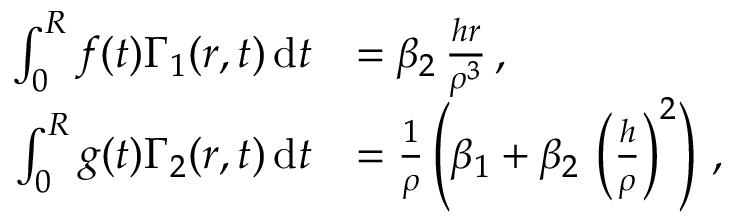
\begin{array} { r l } { \int _ { 0 } ^ { R } f ( t ) \Gamma _ { 1 } ( r , t ) \, \mathrm { d } t } & { = \beta _ { 2 } \, \frac { h r } { \rho ^ { 3 } } \, , } \\ { \int _ { 0 } ^ { R } g ( t ) \Gamma _ { 2 } ( r , t ) \, \mathrm { d } t } & { = \frac { 1 } { \rho } \left( \beta _ { 1 } + \beta _ { 2 } \, \left( \frac { h } { \rho } \right) ^ { 2 } \right) \, , } \end{array}